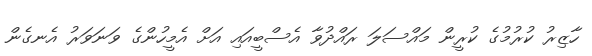
ހާޒިރު ކުރުމުގެ ކުރީން މައްސަލަ ރައްދުވާ އެސްބީއައި އަށް އެމީހުންގެ ވަނަވަރު އެނގެން